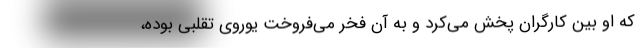
که او بین کارگران پخش می‌کرد و به آن فخر می‌فروخت یوروی تقلبی بوده،